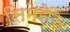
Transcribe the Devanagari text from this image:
सिमेनेस